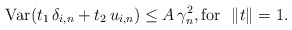
\begin{align*}\mbox{Var}(t_{1}\,\delta _{i,n}+t_{2}\,u_{i,n})\leq A\,\gamma _{n}^{2},\mbox{for }\,\left\| t\right\| =1. \end{align*}